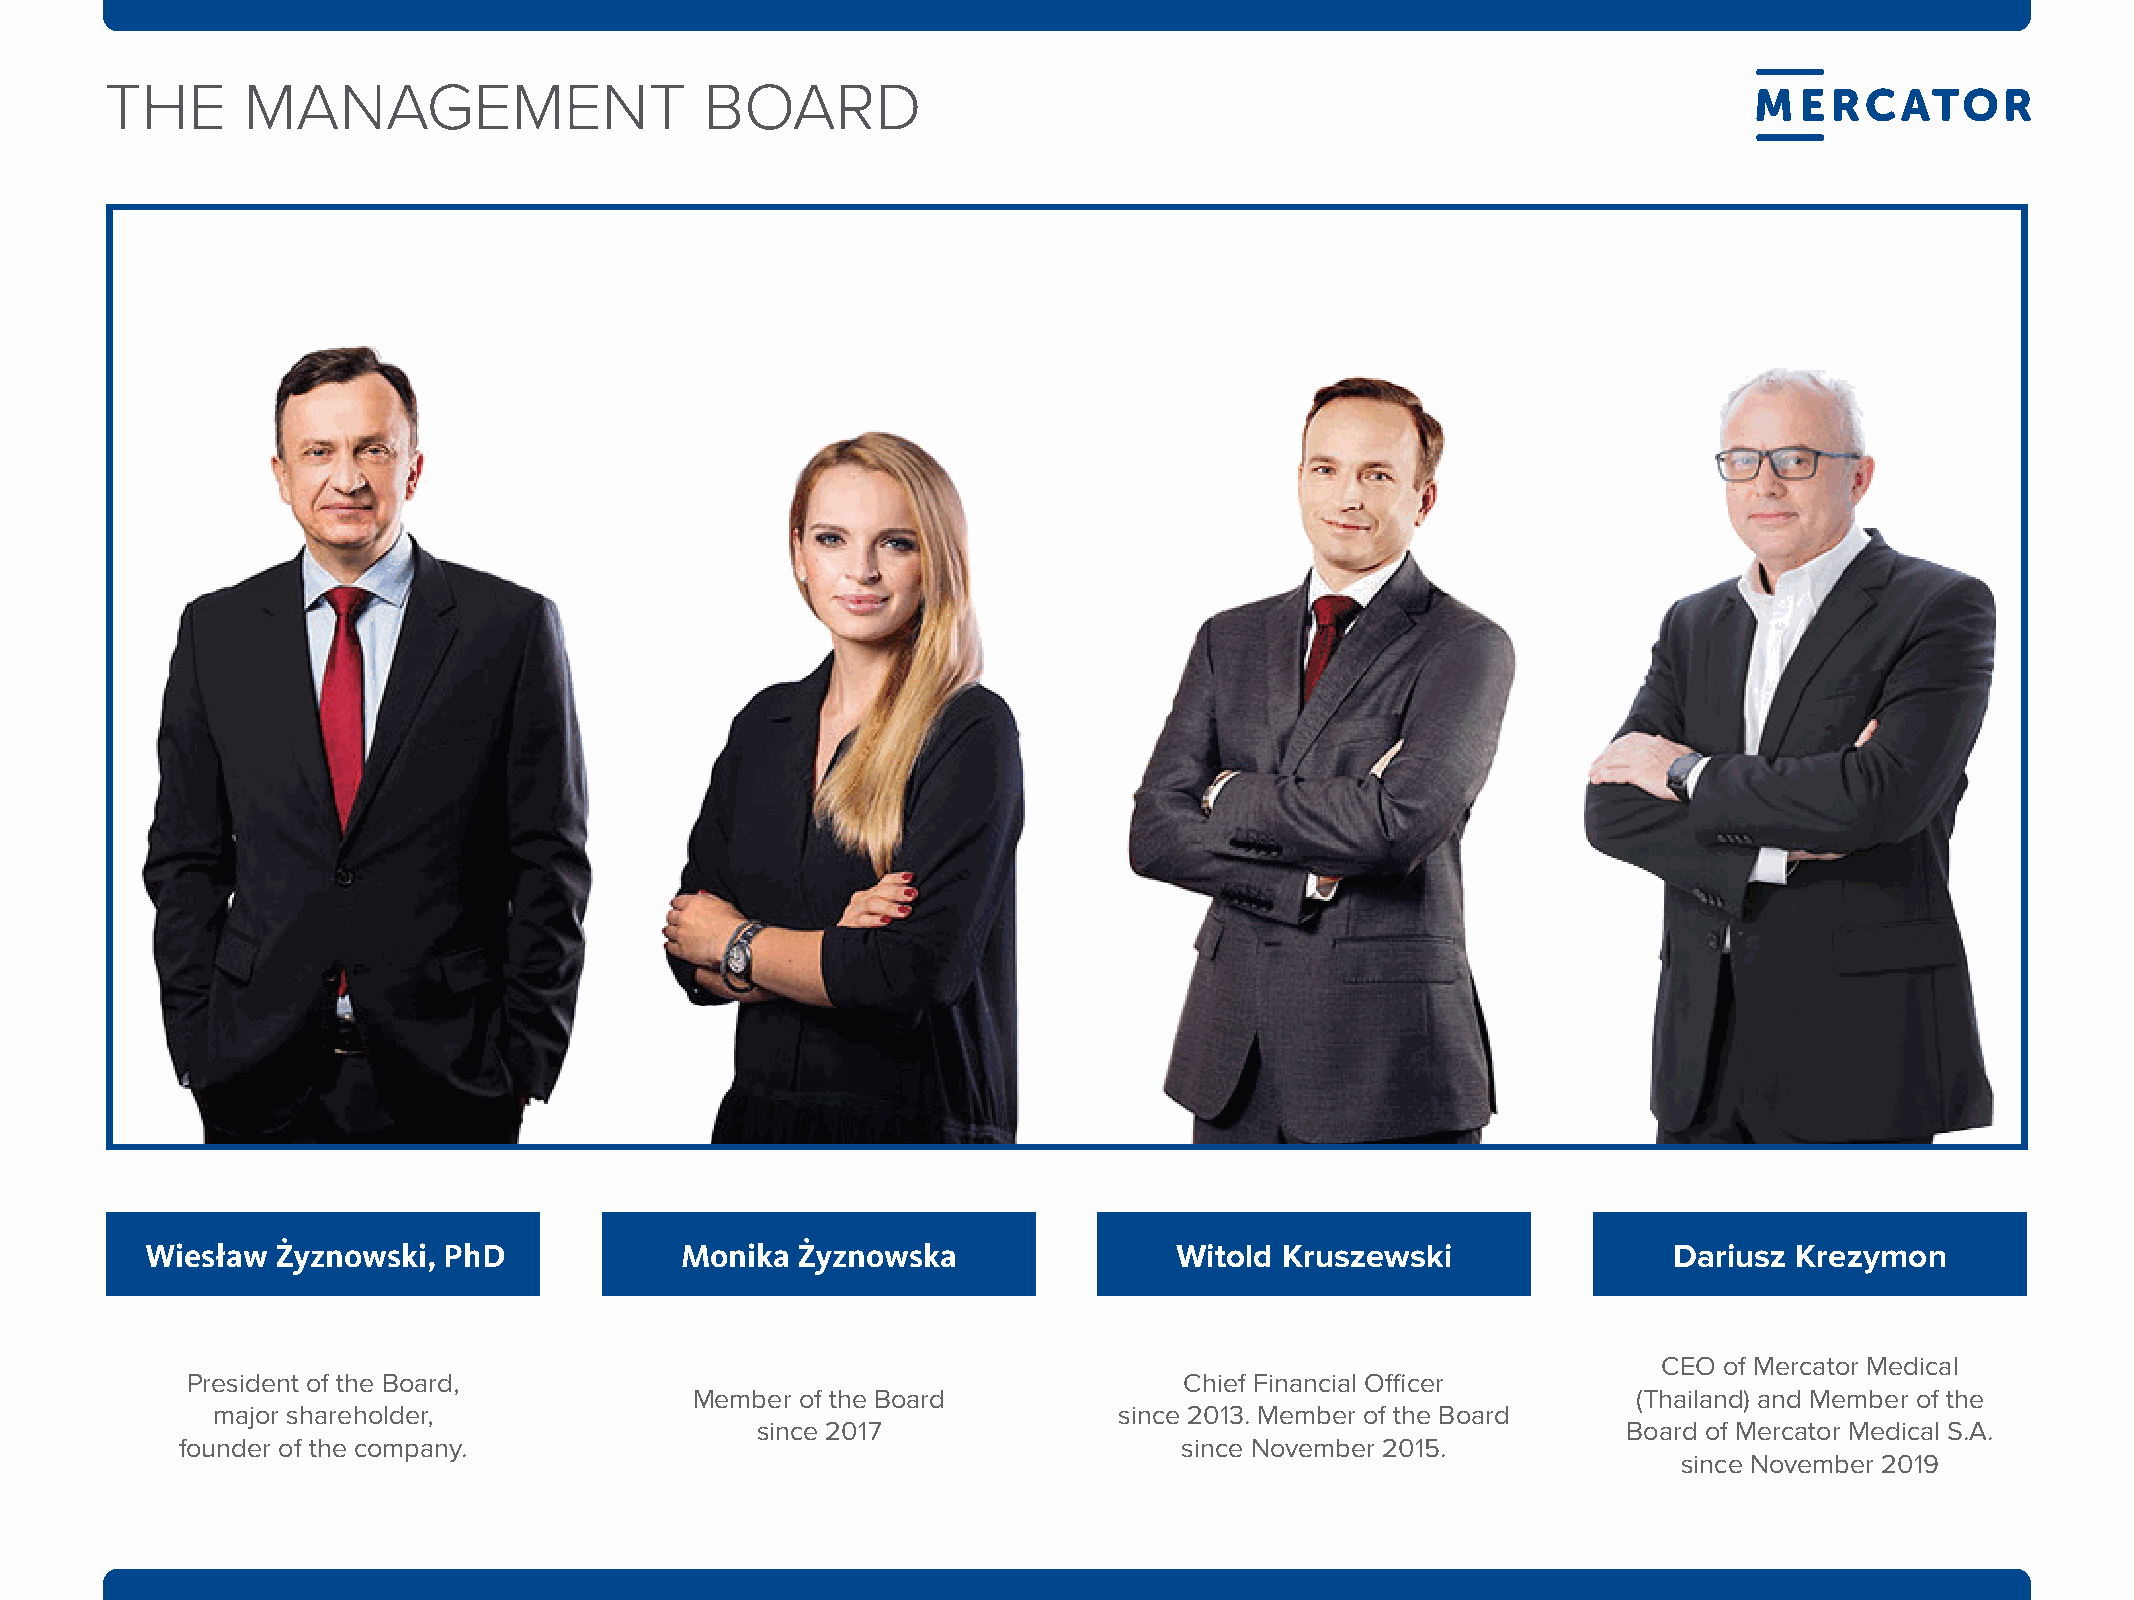
tHE      maNaGEmENt                     BOard
 Wiesław Żyznowski, PhD             Monika  Żyznowska                Witold Kruszewski                dariusz Krezymon
 CEO of Mercator Medical
 President of the Board,                                           Chief Financial Officer
 Member of the Board                                           (Thailand) and Member of the
 major shareholder,                                          since 2013. Member of the Board
 since 2017                                                Board of Mercator Medical S.A.
 founder of the company.                                           since November 2015.
 since November 2019